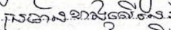
ប្រធានខាងលើនេះ